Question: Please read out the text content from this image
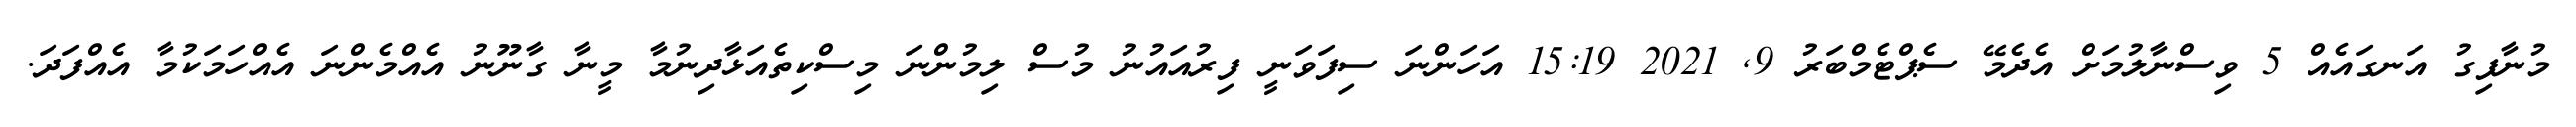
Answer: މުނާފިގު އަނގައެއް 5 ވިސްނާލުމަށް އެދެމޭ ސެޕްޓެމްބަރު 9, 2021 15:19 އަހަންނަ ސިފަވަނީ ފިރުއައުނު މުސް ލިމުންނަ މިސްކިތެއަޅާދިނުމާ މީނާ ގާނޫނު އެއްމެންނަ އެއްހަމަކުމާ އެއްފަދަ.